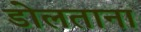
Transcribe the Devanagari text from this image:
डोलताना